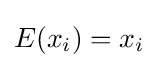
E(x_{i})=x_{i}